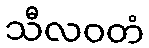
သီလဝတံ